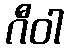
ဂီဝါ